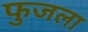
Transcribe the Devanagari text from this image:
फुजला